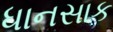
ધાનસાક